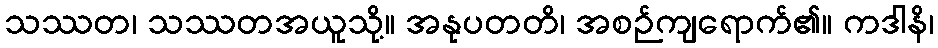
သဿတ၊ သဿတအယူသို့။ အနုပတတိ၊ အစဉ်ကျရောက်၏။ ကဒါနိ၊